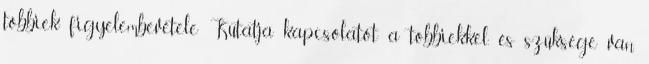
többiek figyelembevétele Kutatja kapcsolatot a többiekkel, és szüksége van